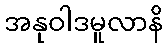
အနုဝါဒမူလာနိ